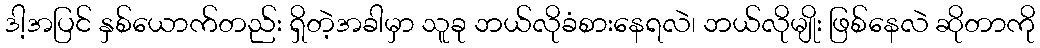
ဒါ့အပြင် နှစ်ယောက်တည်း ရှိတဲ့အခါမှာ သူခု ဘယ်လိုခံစားနေရလဲ၊ ဘယ်လိုမျိုး ဖြစ်နေလဲ ဆိုတာကို